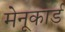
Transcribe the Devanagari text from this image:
मेनूकार्ड